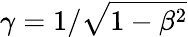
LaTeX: \gamma=1/\sqrt{1-\beta^{2}}